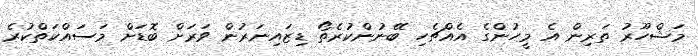
މަޝްހޫރު ތަރިން އެ މީހުންގެ އެއްޗެހި ބޭނުންކުރެތޯ ޑިޒައިނަރުން ވަރަށް ބޮޑަށް މަސައްކަތްކުރެ